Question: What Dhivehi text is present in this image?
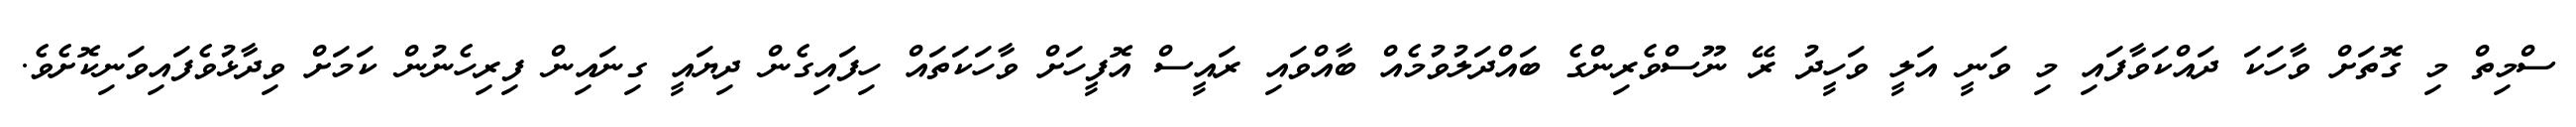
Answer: ސްމިތް މި ގޮތަށް ވާހަކަ ދައްކަވާފައި މި ވަނީ އަލީ ވަހީދު ރޭ ނޫސްވެރިންގެ ބައްދަލުވުމެއް ބާއްވައި ރައީސް އޮފީހަށް ވާހަކަތައް ހިފައިގެން ދިޔައީ ގިނައިން ފިރިހެނުން ކަމަށް ވިދާޅުވެފައިވަނިކޮށެވެ.